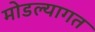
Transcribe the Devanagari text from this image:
मोडल्यागत